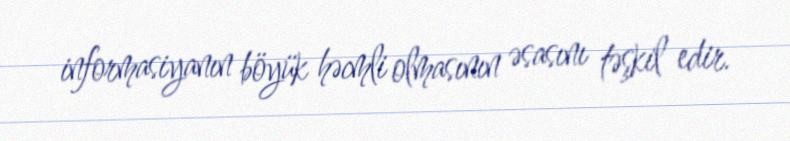
informasiyanın böyük həcmli olmasının əsasını təşkil edir.